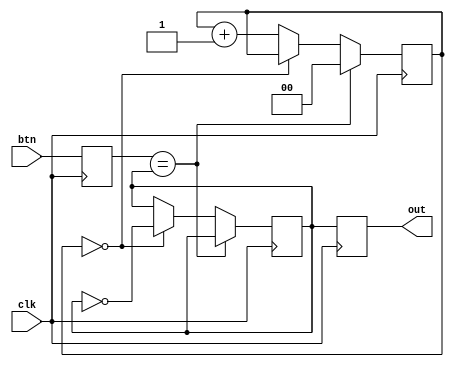
module Debouncer(
        input clk,
        input btn,
        output reg out
    );
    parameter FREQ = 27*000*000; //27MHz
    parameter TIME = 3; //ms
    localparam MAX = FREQ/1000*TIME;
    localparam WIDTH = $clog2(MAX);

    reg [WIDTH-1:0] counter;
    reg sync;
    reg status;
    wire idle = sync == status;

    always @(posedge clk) begin
        sync <= btn;
        out <= status;
        if (idle) begin
            counter <= 0;
        end else if (counter == MAX) begin
            status <= ~status;
        end else begin
            counter <= counter + 1;
        end
    end
endmodule